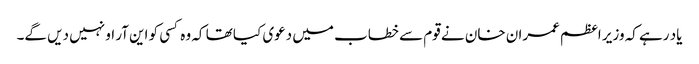
یاد رہے کہ وزیر اعظم عمران خان نے قوم سے خطاب میں دعوی کیا تھا کہ وہ کسی کو این آر او نہیں دیں گے۔